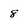
Character: 8